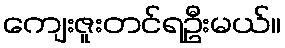
ကျေးဇူးတင်ရဦးမယ်။